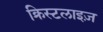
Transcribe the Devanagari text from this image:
क्रिस्टलाइज़